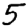
Digit: 5